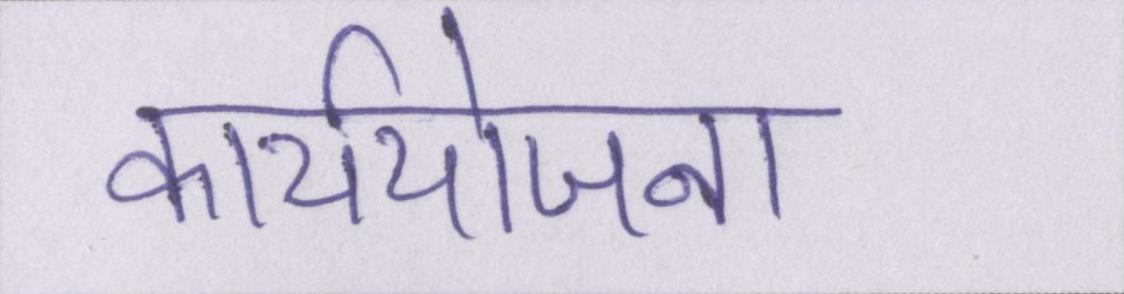
कार्ययोजना